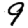
Digit: 9